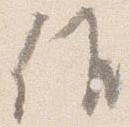
候